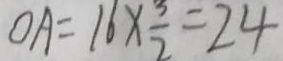
O A = 1 6 \times \frac { 3 } { 2 } = 2 4